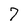
Character: 7